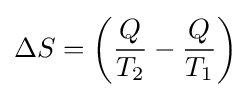
\Delta S=\left({\frac {Q}{T_{2}}}-{\frac {Q}{T_{1}}}\right)